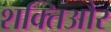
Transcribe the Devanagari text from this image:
शक्तिऔर